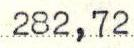
282,72